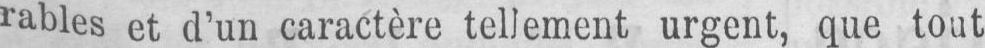
rables et d’un caractère tellement urgent, que tout